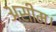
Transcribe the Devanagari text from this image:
असीम।